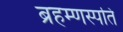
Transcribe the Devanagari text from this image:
ब्रहम्णस्पति